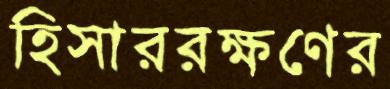
হিসাররক্ষণের